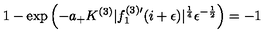
1 - \exp \left( - a _ { + } K ^ { ( 3 ) } | f _ { 1 } ^ { ( 3 ) \prime } ( i + \epsilon ) | ^ { \frac { 1 } { 4 } } \epsilon ^ { - \frac { 1 } { 2 } } \right) = - 1